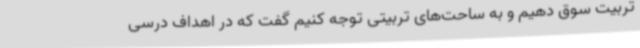
تربیت سوق دهیم و به ساحت‌های تربیتی توجه کنیم گفت که در اهداف درسی